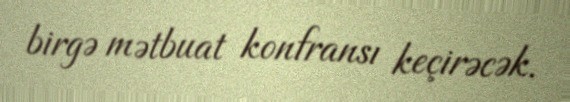
birgə mətbuat konfransı keçirəcək.